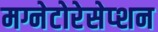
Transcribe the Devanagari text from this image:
मग्नेटोरेसेप्शन